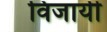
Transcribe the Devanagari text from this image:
विजायी